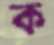
ক